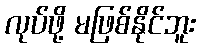
လုပ်ဖို့ မဖြစ်နိုင်ဘူး